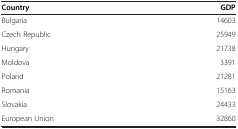
<table><thead><tr><td><b>Country</b></td><td><b>GDP</b></td></tr></thead><tbody><tr><td>Bulgaria</td><td>14603</td></tr><tr><td>Czech Republic</td><td>25949</td></tr><tr><td>Hungary</td><td>21738</td></tr><tr><td>Moldova</td><td>3391</td></tr><tr><td>Poland</td><td>21281</td></tr><tr><td>Romania</td><td>15163</td></tr><tr><td>Slovakia</td><td>24433</td></tr><tr><td>European Union</td><td>32860</td></tr></tbody></table>